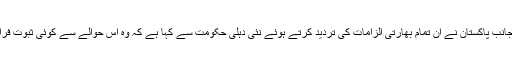
دوسری جانب پاکستان نے ان تمام بھارتی الزامات کی تردید کرتے ہوئے نئی دہلی حکومت سے کہا ہے کہ وہ اس حوالے سے کوئی ثبوت فراہم کرے۔